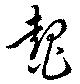
鼇